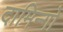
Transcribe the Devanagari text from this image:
दामिन्गो